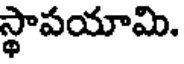
స్థాపయామి.